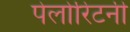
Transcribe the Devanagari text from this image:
पेलोरिटनी